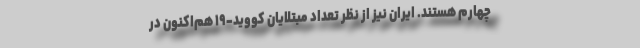
چهارم هستند. ایران نیز از نظر تعداد مبتلایان کووید-۱۹ هم‌اکنون در